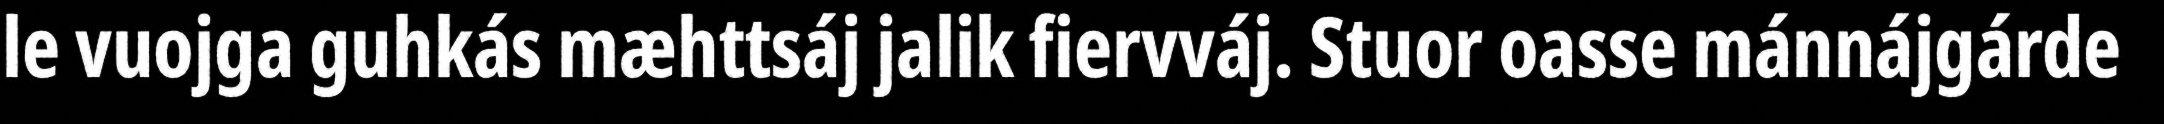
le vuojga guhkás mæhttsáj jalik fiervváj. Stuor oasse mánnájgárde